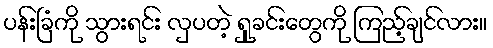
ပန်းခြံကို သွားရင်း လှပတဲ့ ရှုခင်းတွေကို ကြည့်ချင်လား။